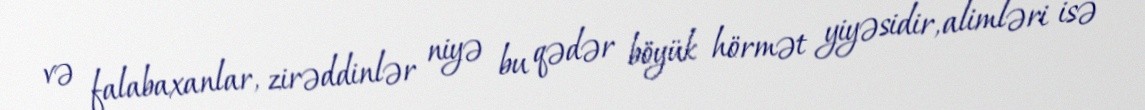
və falabaxanlar, zirəddinlər niyə bu qədər böyük hörmət yiyəsidir, alimləri isə